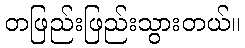
တဖြည်းဖြည်းသွားတယ်။